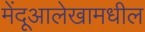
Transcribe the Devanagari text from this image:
मेंदूआलेखामधील